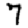
Digit: 7